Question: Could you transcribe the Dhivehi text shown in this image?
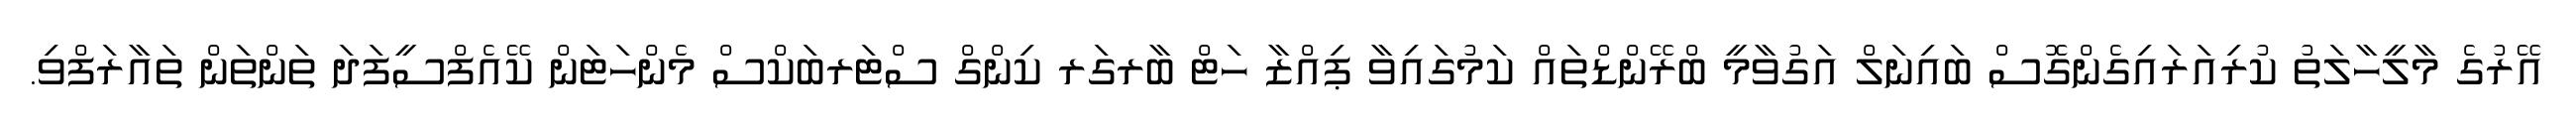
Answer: އޭރުގެ މާލީހާލަތު ކުރިއަރައިގެންގޮސް ބައިނަލް އަގުވާމީ ބްރޭންޑްތައް ކަމުގައިވާ ޕިއްޒާ ހަޓް ބާރގަރ ކިންގް ސްޓަރބަކްސް މެންހަޓަން ކޭއެފްސީފަދަ ތަންތަން ތައާރަފްވި.